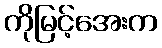
ကိုမြင့်အေးက